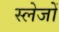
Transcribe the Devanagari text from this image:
स्लेजों